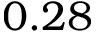
0 . 2 8